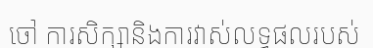
ចៅ ការសិក្សានិងការវាស់លទ្ធផលរបស់